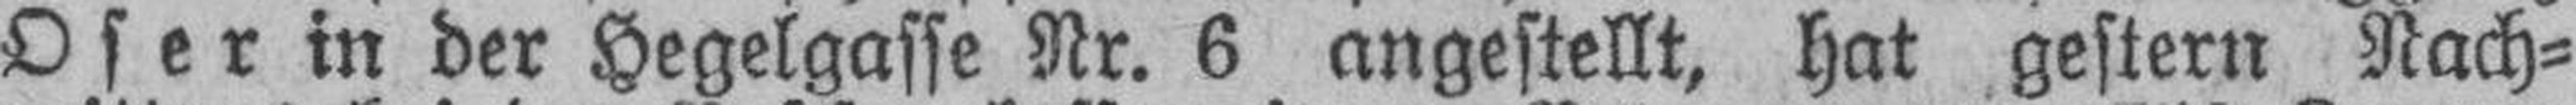
Oser in der Hegelgasse Nr. 6 angestellt, hat gestern Nach¬